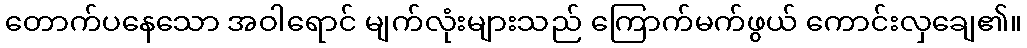
တောက်ပနေသော အဝါရောင် မျက်လုံးများသည် ကြောက်မက်ဖွယ် ကောင်းလှချေ၏။